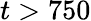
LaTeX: t>750